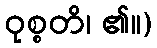
ဝုစ္စတိ၊ ၏။)